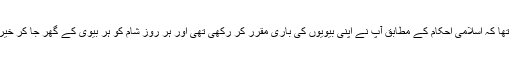
(اور اس کی تشریح فرماتے ہیں کہ) اس تعلق میں یاد رکھنا چاہیے کہ آپ صلی اللہ علیہ وسلم کا یہ طریق تھا کہ اسلامی احکام کے مطابق آپؐ نے اپنی بیویوں کی باری مقرر کر رکھی تھی اور ہر روز شام کو ہر بیوی کے گھر جا کر خیریت دریافت فرماتے تھے اور بالآخر اس بیوی کے گھر پہنچ جاتے تھے جس کی اس دن باری ہوتی تھی۔